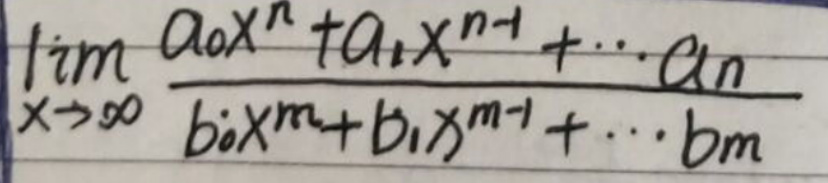
\(\lim_{x \to \infty} \frac{a_0x^n + a_1x^{n - 1}+ \cdots + a_n}{b_0x^m + b_1x^{m - 1}+ \cdots + b_m}\)